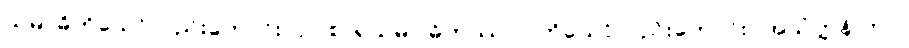
သမာဓိကိုသော်လည်းကောင်း။ ဥပစာရသမာ ဓိကဿဝါ၊ ကိုသော်လည်းကောင်း။ အသံတ္တနိ ကာ၊